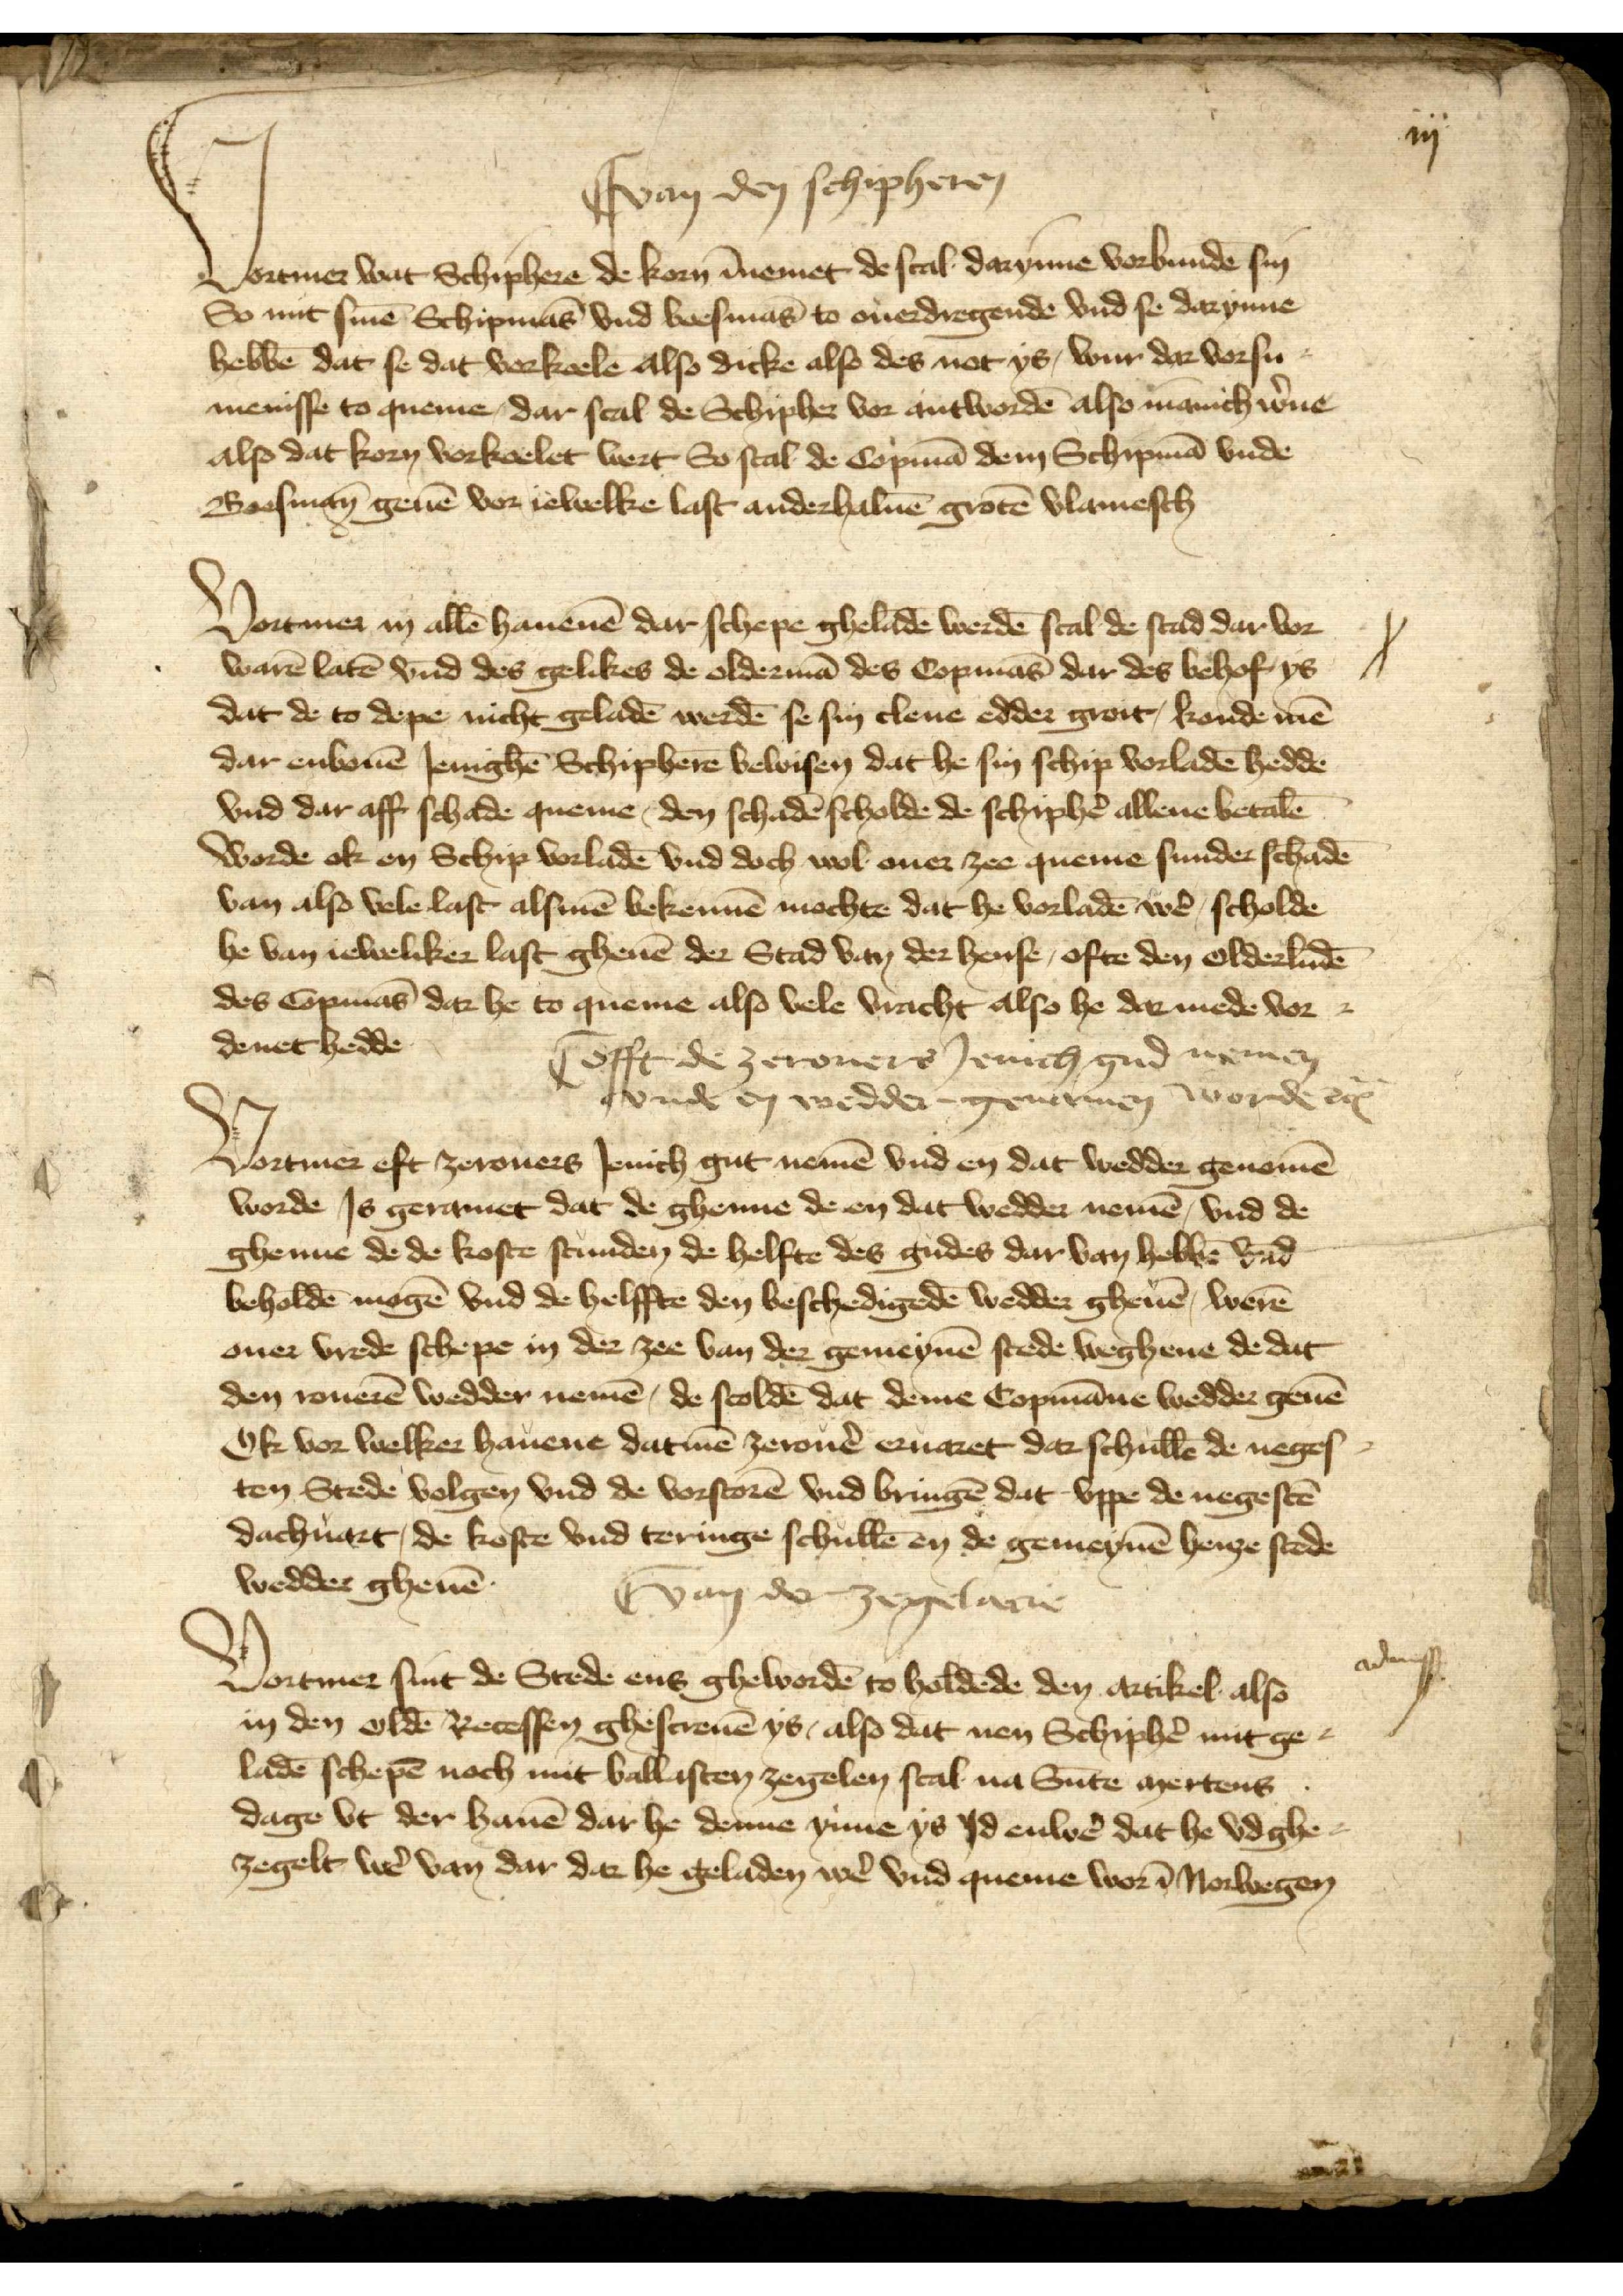
iij

I van den schipheren

Vortmer wat Schiphere de korn īnemet de scal darynne vorbundē sin
So mit sinē Schipmās vnd boesmās to ouerdregende vnd se darynnē
hebbē dat se dat vorkaele also dicke also des not ys, war dar vorsu¬
menisse to queme, dar scal de Schipher vor antwordē also manich w̉ne
also dat korn vorkoelet wert So scal de Copmā dem Schipmā vnde
Boesmān geuē vor iewelke last anderhaluē grotē vlamesch

Vortmer in allē hauenē dar schepe gheladē werdē scal de stad dar vor¬
warē latē vnd des gelikes de oldermā des Copmās dar des behoff ys
dat de to depe nicht geladē werdē se sin clene edder grot, konde mē
dar enbouē Jenighē Schipherē bewisen dat he sin schip vorladē hedde
vnd dar aff schade queme, den schadē scholde de schiphẻ allene betalē
worde ok en Schip vorladē vnd doch wol ouer zee queme sunder schadē
van also velelast alsmē bekennē mochte dat he vorladē wẻ, scholde
he van iuweliker last gheuē der Stad van der hense, ofte den olderludē
des Copmās dar he to queme also vele vracht also he dar mede vor¬
denet hedde

| offt de zeerouers Jenich gud nemen
vnde en wedder genamen worde etꝬ

Vortmer eft zeerouers Jenich gut nemē vnd en dat wedder genomē
worde Js geramet dat de ghenne de en dat wedder nemē vnd de
ghenne de de koste stunden de helfte des gudes dar van hebbē vnd
beholdē mogē vnd de helffte den beschedigedē wedder gheuē, werē
ouer vrede schepe in der zee van der gemeynē stede weghenne de dat
den rouerē wedder nemē, de scoldē dat deme Copmāne wedder geuē
Ok vor welker hauene datmē zeerouẻ eruaret dar schullē de neges¬
ten Stede volgen vnd de vorstorē vnd bringē dat vppe de negestē
dachuart, de koste vnd teringe schullē en de gemeynē henze stede
wedder gheuē

I van der zegelacie

Vortmer sint de Stede eens ghewordē to holdēde den artikel also
in den oldē Recessen ghescreuē ys, also dat nen Schiphẻ mit ge¬
ladē schepē noch mit ballasten zegelen scal na Sūte mertens
dage vt der hauē dar he denne ynne ys Jd enwẻ dat he vdghe¬
zegelt wẻ van dar dar he geladen wẻ vnd queme wor Norwegen

adnusß